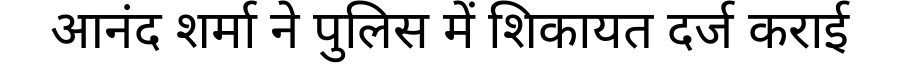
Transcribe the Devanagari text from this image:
आनंद शर्मा ने पुलिस में शिकायत दर्ज कराई